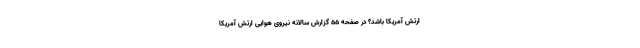
ارتش آمریکا باشد؟ در صفحه 55 گزارش سالانه نیروی هوایی ارتش آمریکا